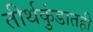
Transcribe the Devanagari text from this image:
तीर्थकुंडातही